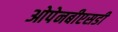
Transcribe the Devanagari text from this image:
ओपेनबीएसडी